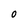
Character: O